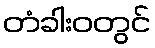
တံခါးဝတွင်